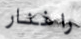
راغنار